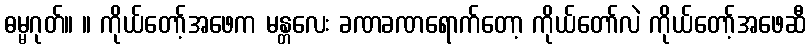
ဓမ္မဂုတ်။ ။ ကိုယ်တော့်အဖေက မန္တလေး ခဏခဏရောက်တော့ ကိုယ်တော်လဲ ကိုယ်တော့်အဖေဆီ